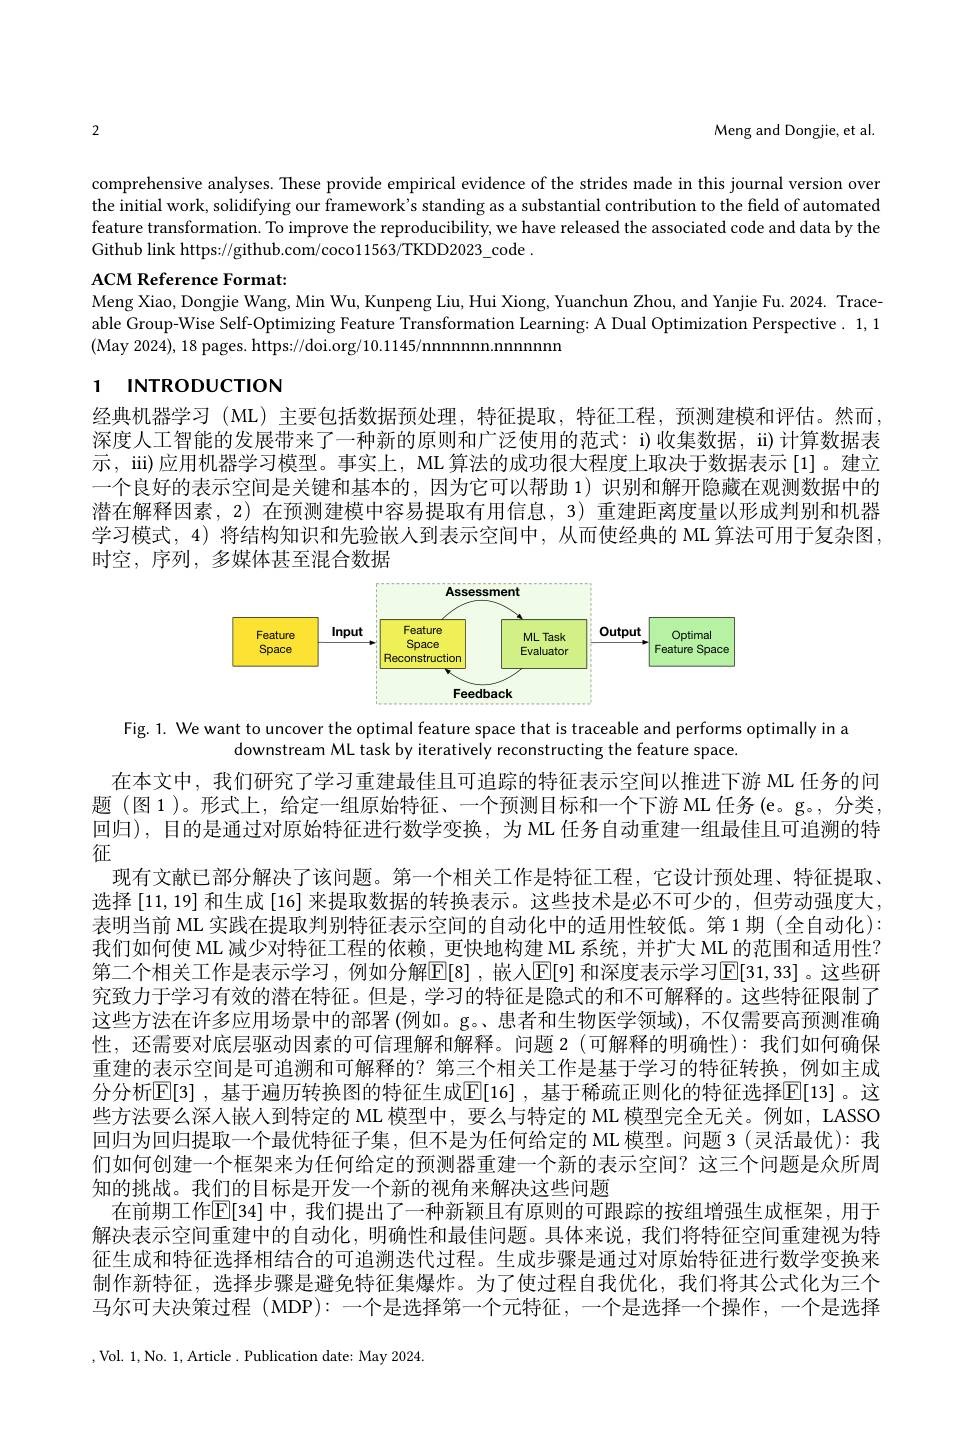
2

Meng and Dongjie, et al.

comprehensive analyses. These provide empirical evidence of the strides made in this journal version over the initial work, solidifying our framework's standing as a substantial contribution to the field of automated feature transformation. To improve the reproducibility, we have released the associated code and data by the Github link https://github.com/coco11563/TKDD2023\_code.

ACM Reference Format:
Meng Xiao, Dongjie Wang, Min Wu, Kunpeng Liu, Hui Xiong, Yuanchun Zhou, and Yanjie Fu. 2024. Traceable Group-Wise Self-Optimizing Feature Transformation Learning: A Dual Optimization Perspective. 1,1 (May 2024), 18 pages. https://doi.org/10.1145/nnnnnnn.nnnnnn

# 1 INTRODUCTION

经典机器学习 (ML) 主要包括数据预处理，特征提取，特征工程，预测建模和评估。然而深度人工智能的发展带来了一种新的原则和广泛使用的范式：i)收集数据，ii)计算数据表示，iii)应用机器学习模型。事实上，ML 算法的成功很大程度上取决于数据表示[1]。建立一个良好的表示空间是关键和基本的，因为它可以帮助 1)识别和解开隐藏在观测数据中的潜在解释因素，2) 在预测建模中容易提取有用信息，3) 重建距离度量以形成判别和机器学习模式，4) 将结构知识和先验嵌人到表示空间中，从而使经典的 ML 算法可用于复杂图时空，序列，多媒体甚至混合数据

<FigureHere>

Fig. 1. We want to uncover the optimal feature space that is traceable and performs optimally in a
downstream ML task by iteratively reconstructing the feature space.

在本文中，我们研究了学习重建最佳且可追踪的特征表示空间以推进下游 ML 任务的问题 (图 1)。形式上，给定一组原始特征、一个预测目标和一个下游 ML 任务 (e。g。, 分类， 回归),目的是通过对原始特征进行数学变换，为 ML 任务自动重建一组最佳且可追溯的特征
现有文献已部分解决了该问题。第一个相关工作是特征工程，它设计预处理、特征提取、 选择 [11, 19] 和生成 [16] 来提取数据的转换表示。这些技术是必不可少的，但劳动强度大， 表明当前 ML 实践在提取判别特征表示空间的自动化中的适用性较低。第 1 期 (全自动化): 我们如何使 ML 减少对特征工程的依赖，更快地构建 ML 系统，并扩大 ML 的范围和适用性？ 第二个相关工作是表示学习，例如分解E[8],嵌入[E[9] 和深度表示学习$\mathbb{E}[31,33]$。这些研究致力于学习有效的潜在特征。但是，学习的特征是隐式的和不可解释的。这些特征限制了这些方法在许多应用场景中的部署(例如。g。患者和生物医学领域),不仅需要高预测准确性，还需要对底层驱动因素的可信理解和解释。问题 2(可解释的明确性):我们如何确保重建的表示空间是可追溯和可解释的？第三个相关工作是基于学习的特征转换，例如主成分分析[E[3] ,基于遍历转换图的特征生成$\mathbb{E}[16]$ ,基于稀疏正则化的特征选择E[13]。这些方法要么深人嵌人到特定的 ML 模型中，要么与特定的 ML 模型完全无关。例如，LASSO 回归为回归提取一个最优特征子集，但不是为任何给定的 ML 模型。问题 3(灵活最优): 我们如何创建一个框架来为任何给定的预测器重建一个新的表示空间？这三个问题是众所周知的挑战。我们的目标是开发一个新的视角来解决这些问题
在前期工作$\mathbb{E}[34]$ 中，我们提出了一种新颖且有原则的可跟踪的按组增强生成框架，用于解决表示空间重建中的自动化，明确性和最佳问题。具体来说，我们将特征空间重建视为特征生成和特征选择相结合的可追溯迭代过程。生成步骤是通过对原始特征进行数学变换来制作新特征，选择步骤是避免特征集爆炸。为了使过程自我优化，我们将其公式化为三个马尔可夫决策过程 (MDP): 一个是选择第一个元特征，一个是选择一个操作，一个是选择,Vol. 1,No. 1,Article. Publication date: May 2024